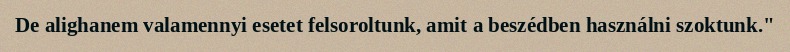
De alighanem valamennyi esetet felsoroltunk, amit a beszédben használni szoktunk."